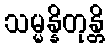
သမ္မန္နိတုန္တိ